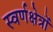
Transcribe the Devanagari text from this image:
स्वर्णक्षेत्रों